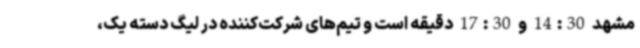
مشهد 14:30 و 17:30 دقیقه است و تیم‌های شرکت‌کننده در لیگ دسته یک،